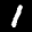
Label: 1